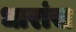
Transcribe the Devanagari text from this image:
धारांस